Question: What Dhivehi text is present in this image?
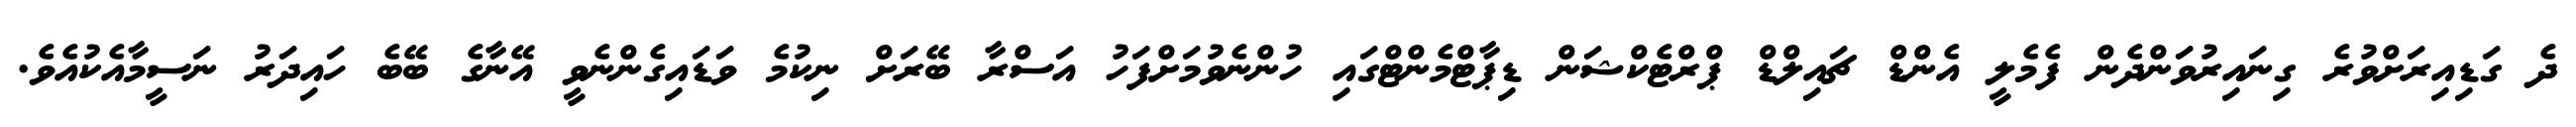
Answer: ދެ ގަޑިއިރަށްވުރެ ގިނައިރުވަންދެން ފެމެލީ އެންޑް ޗައިލްޑް ޕްރްޓެކްޝަން ޑިޕާޓްމެންޓްގައި ހުންނެވުމަށްފަހު އަސްރާ ބޭރަށް ނިކުމެ ވަޑައިގެންނެވީ އޭނާގެ ބޭބެ ހައިދަރު ނަސީމާއެކުއެވެ.